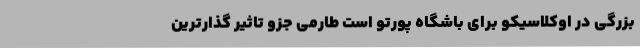
بزرگی در اوکلاسیکو برای باشگاه پورتو است طارمی جزو تاثیر گذارترین